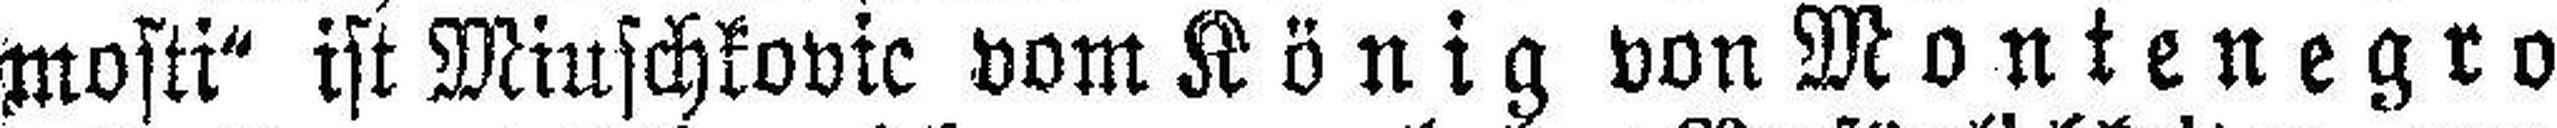
mosti“ ist Miuschkovic vom König von Montenegro